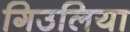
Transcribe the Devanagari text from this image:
गिउलिया